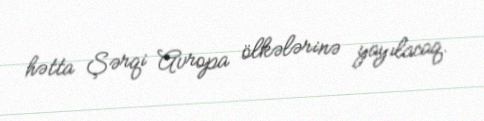
hətta Şərqi Avropa ölkələrinə yayılacaq.